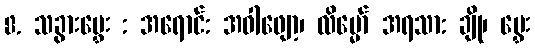
8. သခွားမွှေး : အရောင်: အဝါဖျော့၊ လိမ္မော် အရသာ: ချို၊ မွှေး